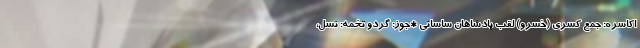
اکاسره: جمع کسری (خسرو) لقب پادشاهان ساسانی *جوز: گردو تخمه: نسل،